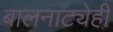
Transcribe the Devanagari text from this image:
बालनाट्येही